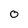
Character: 0